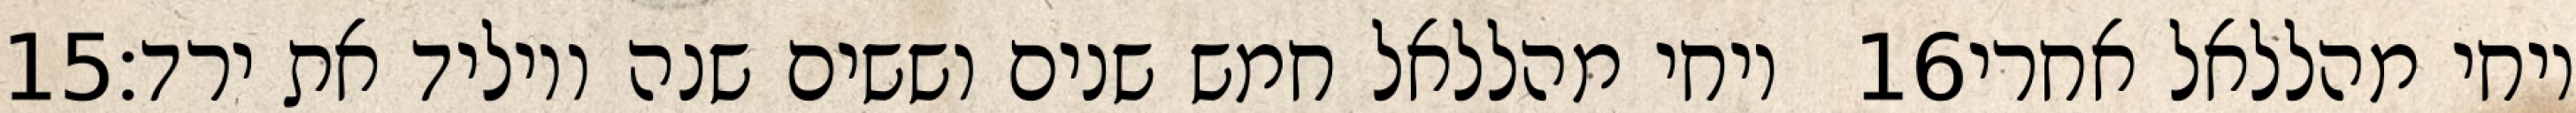
‎15‏ ויחי מהללאל חמש שנים וששים שנה ויוליד את ירד׃ ‎16‏ ויחי מהללאל אחרי